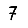
Digit: 7